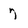
Character: 7